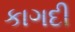
કાગદી